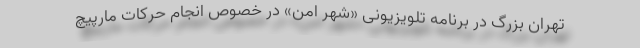
تهران بزرگ در برنامه تلویزیونی «شهر امن» در خصوص انجام حرکات مارپیچ